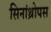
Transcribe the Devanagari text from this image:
सिनांथ्रोपस